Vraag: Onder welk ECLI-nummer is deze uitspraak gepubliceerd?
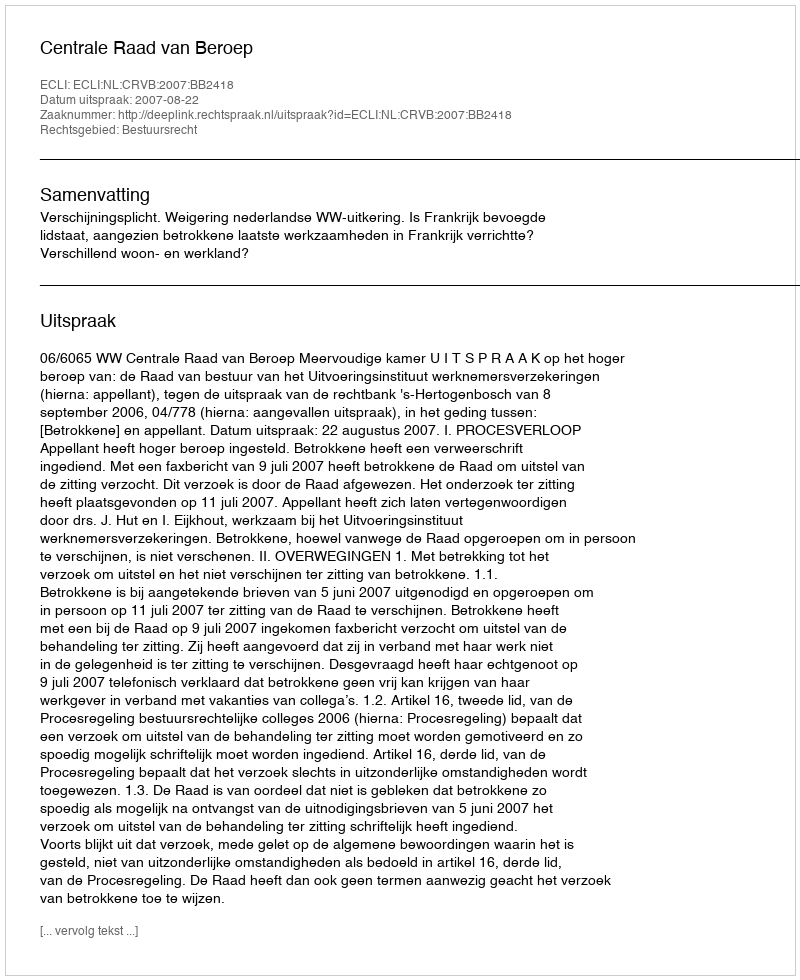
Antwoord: ECLI:NL:CRVB:2007:BB2418